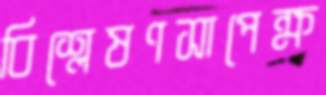
বিশ্লেষণসাপেক্ষ